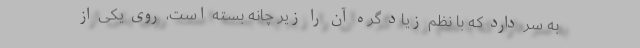
به سر دارد که با نظم زیاد گره آن را زیر چانه بسته است، روی یکی از